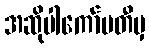
အဆိုပါကော်မတီမှ